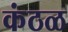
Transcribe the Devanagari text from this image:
कंठळ